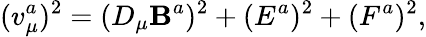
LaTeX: (v_{\mu}^{a})^{2}=(D_{\mu}\mathbf{B}^{a})^{2}+(E^{a})^{2}+(F^{a})^{2},